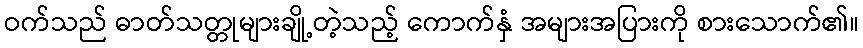
ဝက်သည် ဓာတ်သတ္တုများချို့တဲ့သည့် ကောက်နှံ အများအပြားကို စားသောက်၏။